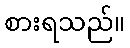
စားရသည်။